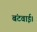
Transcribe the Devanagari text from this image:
बंटवाई।